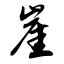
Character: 崖